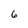
Character: 6